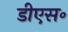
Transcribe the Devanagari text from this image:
डीएस॰